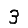
Digit: 3